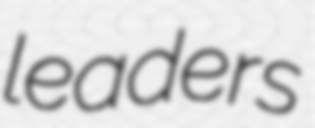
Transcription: leaders